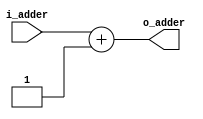
`timescale 1ns / 1ps
module adder_pc(
	input wire  [31:0] i_adder,
	output wire [31:0] o_adder
    );

	assign o_adder = i_adder + 1'b1;

endmodule